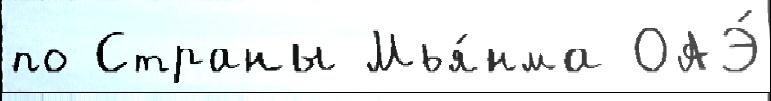
по Страны Мья́нма ОАЭ́